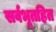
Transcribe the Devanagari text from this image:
सर्वभूतहित